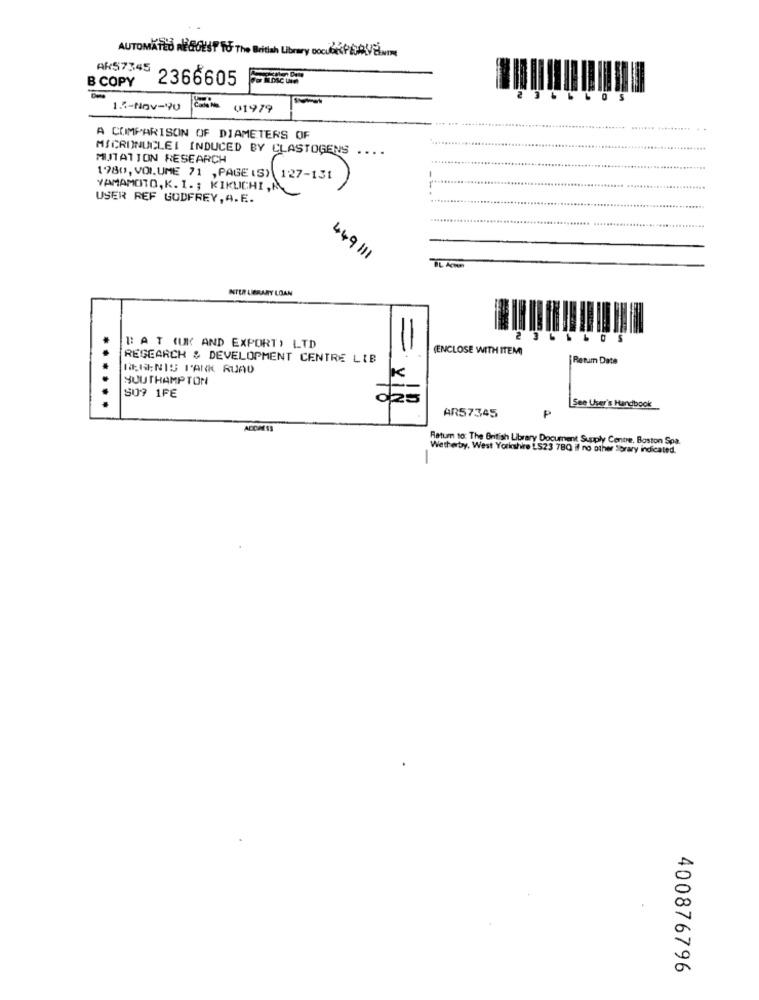
AUTOMATED NEGOEST To The British Library DockokPOURVELMI
ARS7345
2366605
B COPY
=
1.5-Nov-90
V1979
A COMPARISON OF DIAMETERS OF
MICRONUCLEI INDUCED BY CLASTOGENS ....
MUTATION RESEARCH
1980, VOLUME 71 , PAGE (S) 127-131
YAMAMOTO, K. I .; KIKUCHI,
USER REF GODFREY, A.E.
449111
INTER LIBRARY LOAN
B: AT (UK AND EXPORT) LTD
(ENCLOSE WITH ITEM)
REGEARCH & DEVELOPMENT CENTRE LIB
Return Date
RERENIS PANK RUAD
SOUTHAMPTON
K
......
S09 1FE
025
AR57345
See User's Handbook
ACCAESS
Return to: The British Library Document Supply Centre, Boston Spa
Wetherby, West Yorichire LS23 7BQ il no other Sbrary indicated.
-
400876796